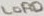
Text: LOAD